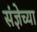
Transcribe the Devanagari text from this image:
संज्ञेच्या